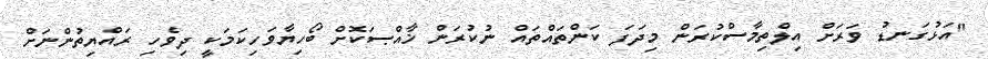
"އަޅުގަނޑު ވަރަށް އިލްތިމާސްކުރަން މިދަފަ ކަންތައްތައް ނުކުރަން ޚާއްޞަކޮށް ބޯހިޔާވަހިކަމަކީ ދިވެހި ރައްޔިތުންނަށް